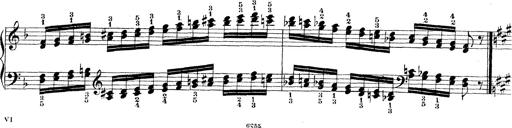
Title: Technische Studien
Composer: Franz Liszt